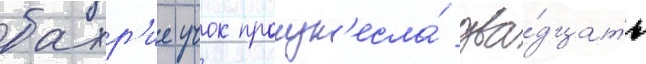
бахр'ие учок произн'есла́ два́дцать